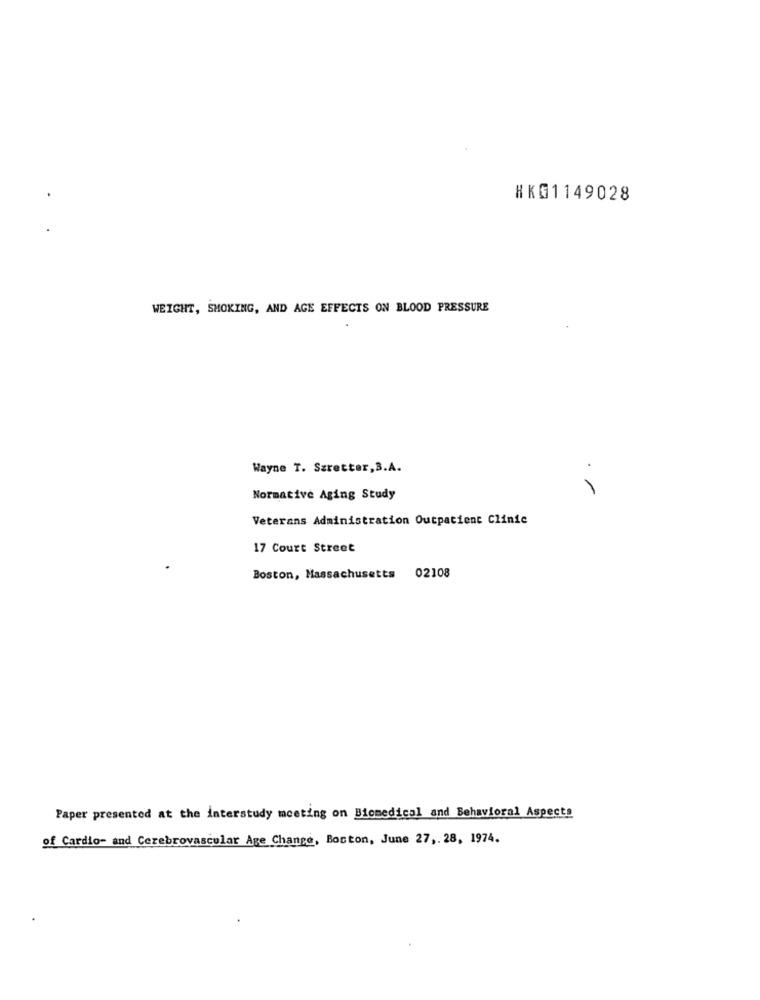
HKG1149028
WEIGHT, SMOKING, AND AGE EFFECTS ON BLOOD PRESSURE
Wayne T. Szretter, B.A.
Normative Aging Study
Veterans Administration Outpatient Clinic
17 Court Street
Boston, Massachusetts 02108
Paper presented at the interstudy meeting on Biomedical and Behavioral Aspects
of Cardio- and Cerebrovascular Age Change, Boston, June 27, 28, 1974.